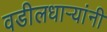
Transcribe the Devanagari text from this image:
वडीलधार्‍यांनी